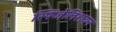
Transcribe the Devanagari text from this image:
स्पिजेलिशयन